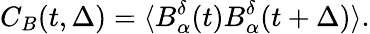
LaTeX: C_{B}(t,\Delta)=\langle B_{\alpha}^{\delta}(t)B_{\alpha}^{\delta}(t+\Delta)\rangle.